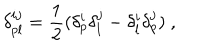
LaTeX: \delta _ { p l } ^ { i j } = { \frac { 1 } { 2 } } ( \delta _ { p } ^ { i } \delta _ { l } ^ { j } - \delta _ { l } ^ { i } \delta _ { p } ^ { j } ) \ ,